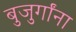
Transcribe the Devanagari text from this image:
बुजुर्गांना